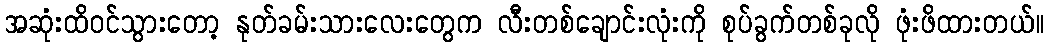
အဆုံးထိဝင်သွားတော့ နုတ်ခမ်းသားလေးတွေက လီးတစ်ချောင်းလုံးကို စုပ်ခွက်တစ်ခုလို ဖုံးဖိထားတယ်။